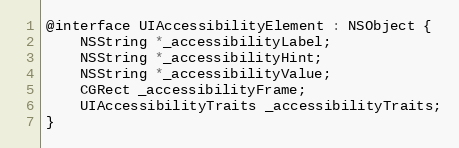
Language: C
@interface UIAccessibilityElement : NSObject {
    NSString *_accessibilityLabel;
    NSString *_accessibilityHint;
    NSString *_accessibilityValue;
    CGRect _accessibilityFrame;
    UIAccessibilityTraits _accessibilityTraits;
}